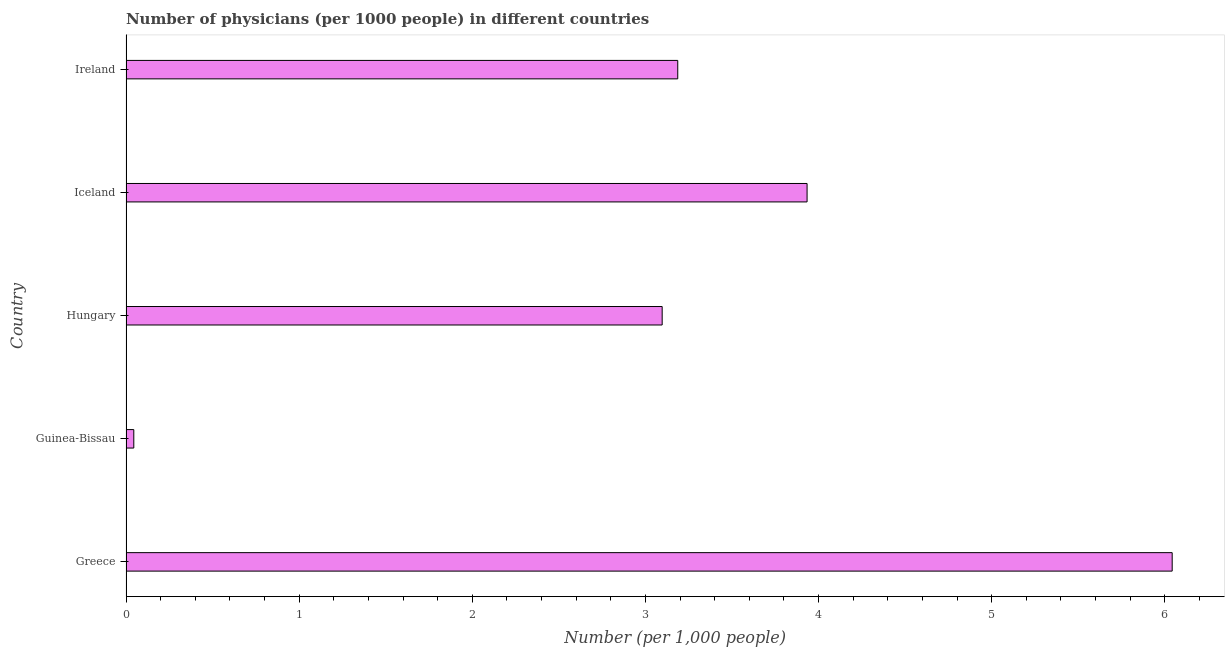
| Country | Physicians |
 | --- | --- |
 | Greece | 6.04 |
 | Guinea-Bissau | 0.045 |
 | Hungary | 3.1 |
 | Iceland | 3.93 |
 | Ireland | 3.19 |